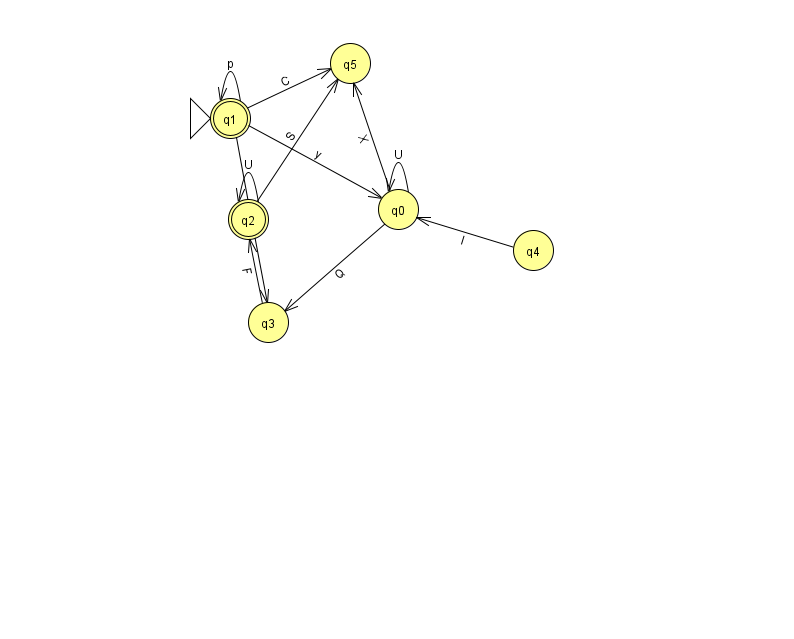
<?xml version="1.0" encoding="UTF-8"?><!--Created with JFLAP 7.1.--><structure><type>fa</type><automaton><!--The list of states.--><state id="0" name="q0"><x>398.0</x><y>196.0</y></state><state id="1" name="q1"><x>230.0</x><y>105.0</y><initial/><final/></state><state id="2" name="q2"><x>248.0</x><y>206.0</y><final/></state><state id="3" name="q3"><x>268.0</x><y>309.0</y></state><state id="4" name="q4"><x>533.0</x><y>237.0</y></state><state id="5" name="q5"><x>350.0</x><y>50.0</y></state><!--The list of transitions.--><transition><from>1</from><to>0</to><read>y</read></transition><transition><from>1</from><to>1</to><read>p</read></transition><transition><from>1</from><to>3</to><read>A</read></transition><transition><from>0</from><to>0</to><read>U</read></transition><transition><from>2</from><to>2</to><read>U</read></transition><transition><from>2</from><to>5</to><read>S</read></transition><transition><from>4</from><to>0</to><read>I</read></transition><transition><from>1</from><to>5</to><read>C</read></transition><transition><from>0</from><to>3</to><read>Q</read></transition><transition><from>3</from><to>2</to><read>F</read></transition><transition><from>0</from><to>5</to><read>X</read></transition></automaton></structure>